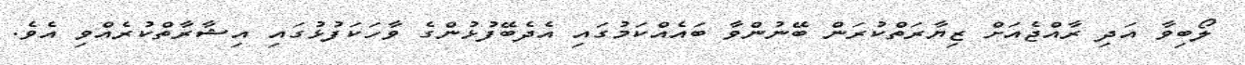
ލޯބިވާ އަދި ރާއްޖެއަށް ޒިޔާރަތްކުރަން ބޭނުންވާ ބައެއްކަމުގައި އެދެބޭފުޅުންގެ ވާހަކަފުޅުގައި އިޝާރާތްކުރެއްވި އެވެ.